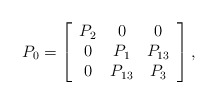
\begin{align*}P_{0}=\left[\begin{array}[c]{ccc}P_{2} & 0 & 0\\0 & P_{1} & P_{13}\\0 & P_{13} & P_{3}\end{array}\right] ,\end{align*}